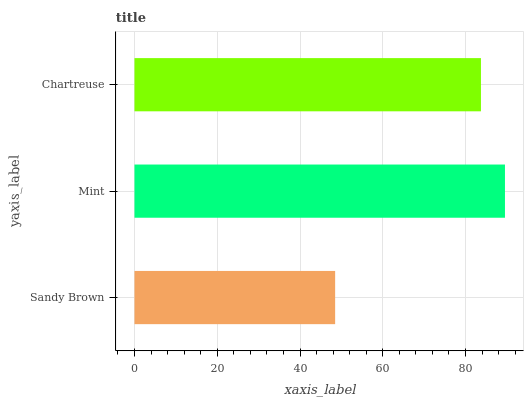
| yaxis_label | bars |
 | --- | --- |
 | Sandy Brown | 48.5 |
 | Mint | 89.5 |
 | Chartreuse | 83.7 |